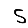
Digit: 5